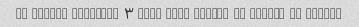
Az zamane sefaresh ۳ saat tool keshid ta berese be dastam